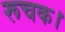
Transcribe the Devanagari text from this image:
रूचक।